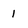
Character: 1